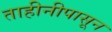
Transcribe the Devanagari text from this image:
ताहीनीपासून